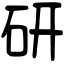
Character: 硏